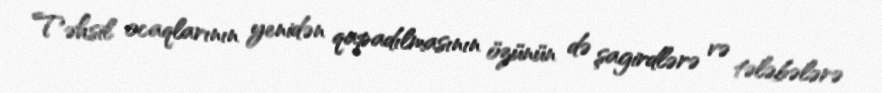
Təhsil ocaqlarının yenidən qapadılmasının özünün də şagirdlərə və tələbələrə